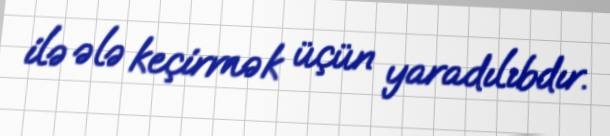
ilə ələ keçirmək üçün yaradılıbdır.